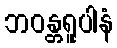
ဘဝန္တရူပါနံ